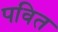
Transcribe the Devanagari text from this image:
पवित